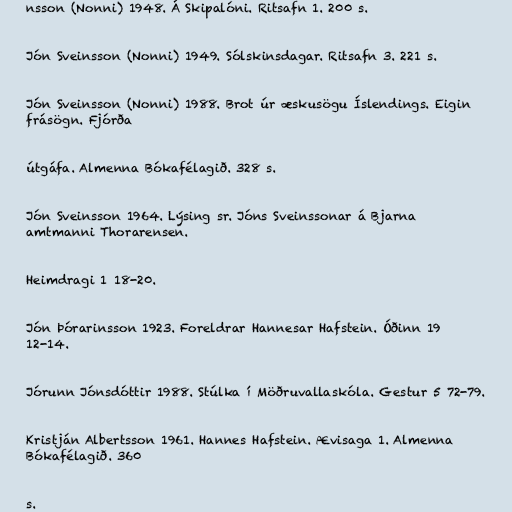
nsson (Nonni) 1948. Á Skipalóni. Ritsafn 1. 200 s.

Jón Sveinsson (Nonni) 1949. Sólskinsdagar. Ritsafn 3. 221 s.

Jón Sveinsson (Nonni) 1988. Brot úr æskusögu Íslendings. Eigin
frásögn. Fjórða

útgáfa. Almenna Bókafélagið. 328 s.

Jón Sveinsson 1964. Lýsing sr. Jóns Sveinssonar á Bjarna
amtmanni Thorarensen.

Heimdragi 1 18-20.

Jón Þórarinsson 1923. Foreldrar Hannesar Hafstein. Óðinn 19
12-14.

Jórunn Jónsdóttir 1988. Stúlka í Möðruvallaskóla. Gestur 5 72-79.

Kristján Albertsson 1961. Hannes Hafstein. Ævisaga 1. Almenna
Bókafélagið. 360

s.